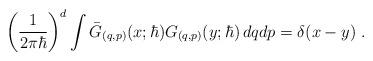
LaTeX: \begin{align*}\bigg(\frac{1}{2\pi\hbar}\bigg)^{d} \int\bar G_{(q,p)}(x;\hbar)G_{(q,p)}(y;\hbar)\,dqdp=\delta(x-y) \ .\end{align*}